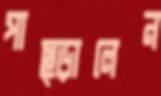
পাছ্‌ড়ালেন